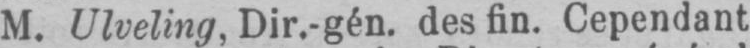
M. Ulveling, Dir.-gén. des fin. Cependant